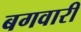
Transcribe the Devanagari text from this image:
बगवारी